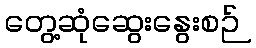
တွေ့ဆုံဆွေးနွေးစဉ်